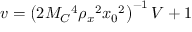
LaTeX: v = \left( 2 M _ { C } { } ^ { 4 } \rho _ { x } { } ^ { 2 } x _ { 0 } { } ^ { 2 } \right) ^ { - 1 } V + 1